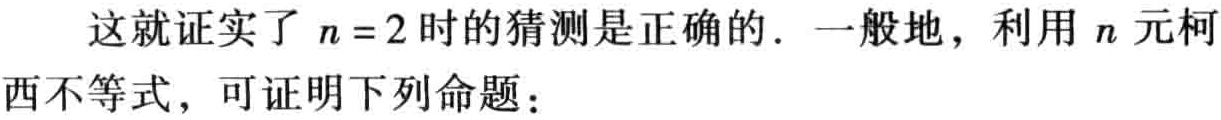
这就证实了 \(n = 2\) 时的猜测是正确的. 一般地，利用 \(n\) 元柯西不等式，可证明下列命题：